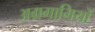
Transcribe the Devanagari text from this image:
अग्रगामियों